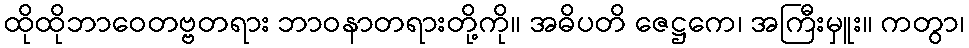
ထိုထိုဘာဝေတဗ္ဗတရား ဘာဝနာတရားတို့ကို။ အဓိပတိ ဇေဋ္ဌကေ၊ အကြီးမှူး။ ကတွာ၊